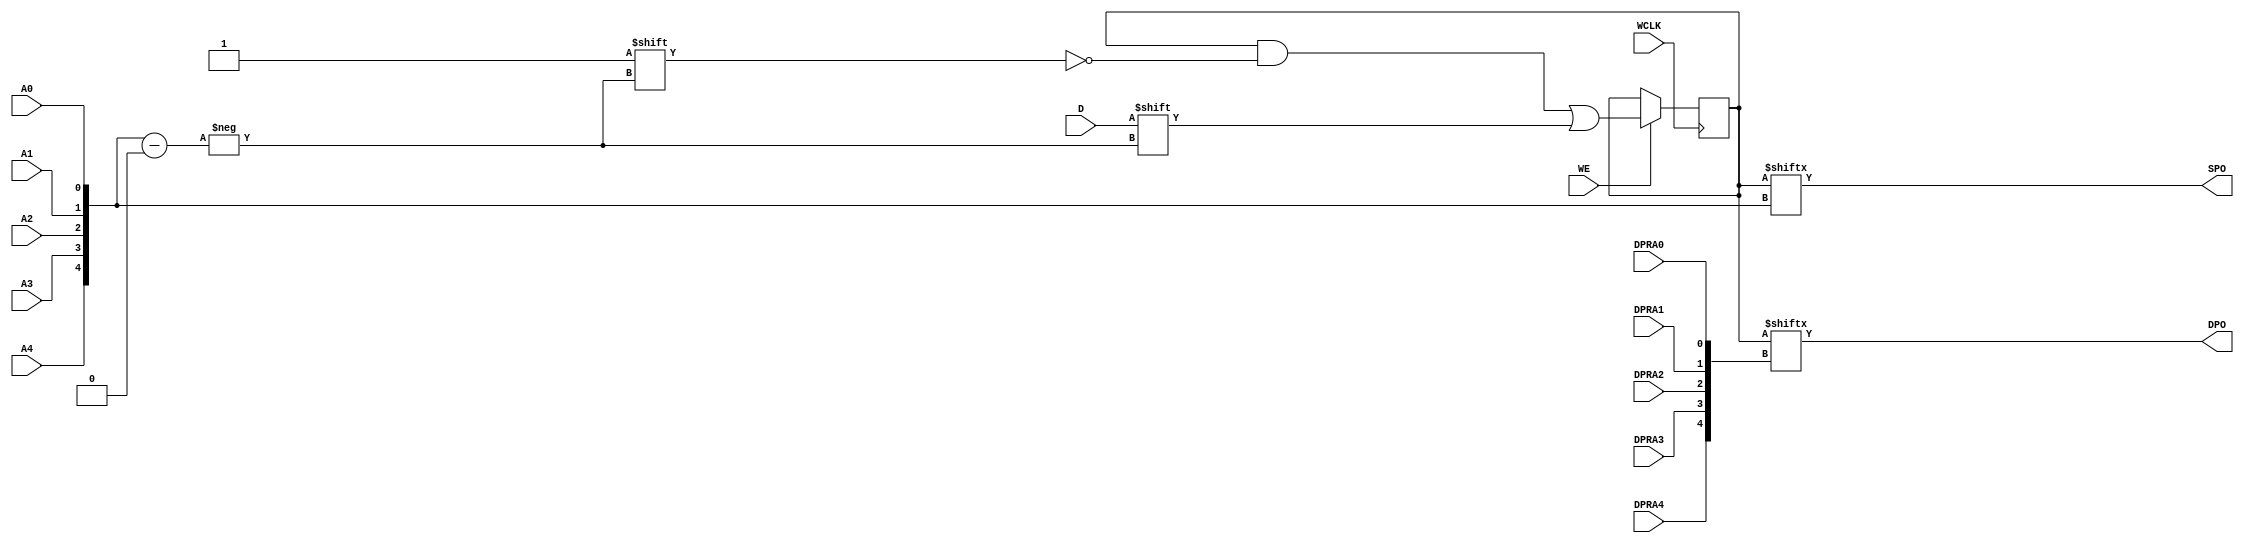
module RAM32X1D (DPO, SPO, A0, A1, A2, A3, A4, D, DPRA0, DPRA1, DPRA2, DPRA3, DPRA4, WCLK, WE);

    parameter INIT = 32'h00000000;

    output DPO, SPO;

    input  A0, A1, A2, A3, A4, D, DPRA0, DPRA1, DPRA2, DPRA3, DPRA4, WCLK, WE;

    reg  [31:0] mem;
    wire [4:0] adr;

    assign adr = {A4, A3, A2, A1, A0};
    assign SPO = mem[adr];
    assign DPO = mem[{DPRA4, DPRA3, DPRA2, DPRA1, DPRA0}];

    initial 
        mem = INIT;

    always @(posedge WCLK) 
        if (WE == 1'b1)
            mem[adr] <= #100 D;

endmodule